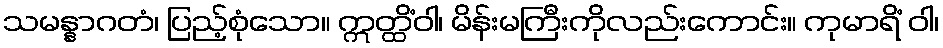
သမန္နာဂတံ၊ ပြည့်စုံသော။ ဣတ္ထိံဝါ၊ မိန်းမကြီးကိုလည်းကောင်း။ ကုမာရိံ ဝါ၊